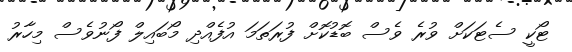
ޓޯކީ ސެޓަކަށް ވުރެ ވެސް ބޮޑުކޮށް ފުރަތަމަ އުފެއްދި މޯބައިލް ފޯނުވެސް މިހާރު